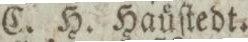
C. H. Haüſtedt.